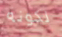
لكونه